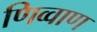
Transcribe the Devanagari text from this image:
णिव्वाण